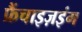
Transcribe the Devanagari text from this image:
फ्रैंचाइज़इंग